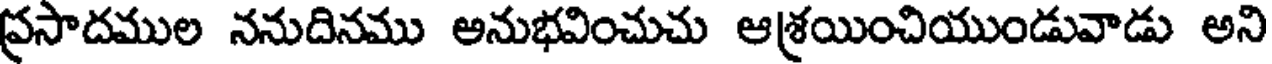
ప్రసాదముల ననుదినము అనుభవించుచు ఆశ్రయించియుండువాడు అని